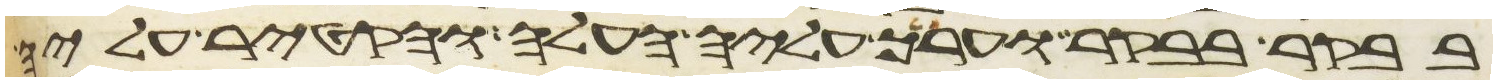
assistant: בבקר בבקר וערך עליה העלה והקטיר עליה